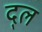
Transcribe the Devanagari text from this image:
द्ल